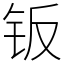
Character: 钣